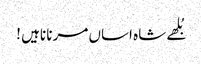
بُلھے شاہ اساں مرنا ناہیں !